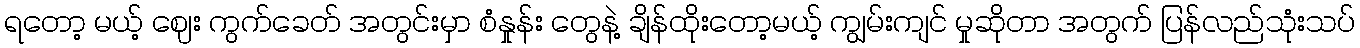
ရတော့ မယ့် ဈေး ကွက်ခေတ် အတွင်းမှာ စံနှုန်း တွေနဲ့ ချိန်ထိုးတော့မယ့် ကျွမ်းကျင် မှုဆိုတာ အတွက် ပြန်လည်သုံးသပ်